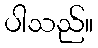
ပါသည်။